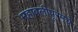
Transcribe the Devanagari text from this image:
महाबलीपूरमचे